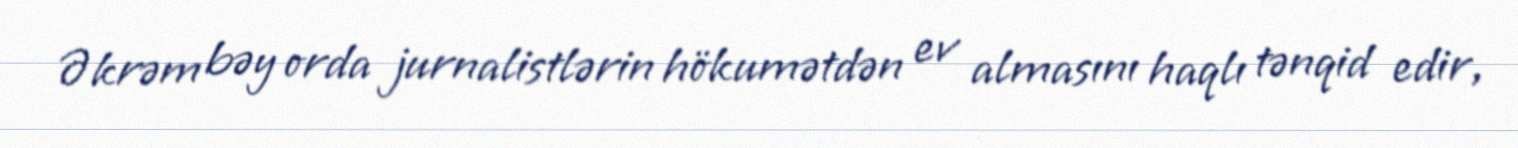
Əkrəm bəy orda jurnalistlərin hökumətdən ev almasını haqlı tənqid edir,